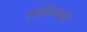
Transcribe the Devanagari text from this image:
मोरिहाशी